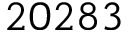
2 0 2 8 3